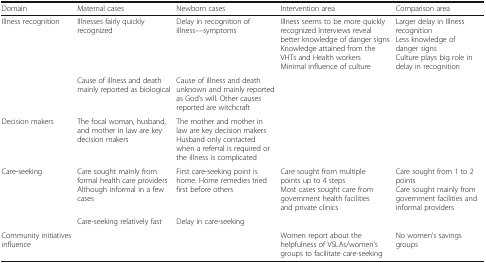
| Domain | Maternal cases | Newborn cases | Intervention area | Comparison area |
 | --- | --- | --- | --- | --- |
 | Illness recognition | Illnesses fairly quickly recognized | Delay in recognition of illness––symptoms | Illness seems to be more quickly recognized Interviews reveal better knowledge of danger signsKnowledge attained from the VHTs and Health workersMinimal influence of culture | Larger delay in Illness recognitionLess knowledge of danger signsCulture plays big role in delay in recognition |
 |  | Cause of illness and death mainly reported as biological | Cause of illness and death unknown and mainly reported as God’s will. Other causes reported are witchcraft |  |  |
 | Decision makers | The focal woman, husband, and mother in law are key decision makers | The mother and mother in law are key decision makersHusband only contacted when a referral is required or the illness is complicated |  |  |
 | Care-seeking | Care sought mainly from formal health care providers Although informal in a few cases | First care-seeking point is home. Home remedies tried first before others | Care sought from multiple points up to 4 stepsMost cases sought care from government health facilities and private clinics | Care sought from 1 to 2 pointsCare sought mainly from government facilities and informal providers |
 |  | Care-seeking relatively fast | Delay in care-seeking |  |  |
 | Community initiatives influence |  |  | Women report about the helpfulness of VSLAs/women’s groups to facilitate care-seeking | No women’s savings groups |